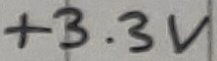
Text: +3.3V